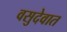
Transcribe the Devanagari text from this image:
वसुदेवात